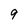
Character: 9